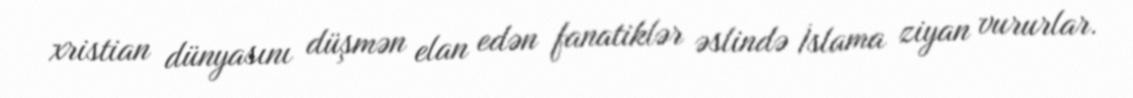
xristian dünyasını düşmən elan edən fanatiklər əslində İslama ziyan vururlar.